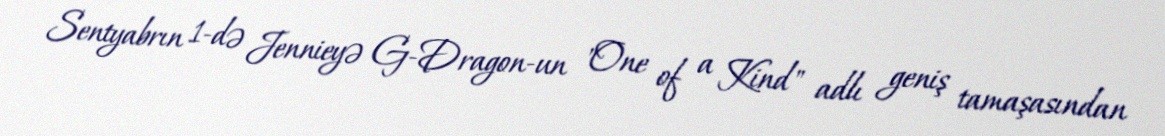
Sentyabrın 1-də Jennieyə G-Dragon-un "One of a Kind" adlı geniş tamaşasından